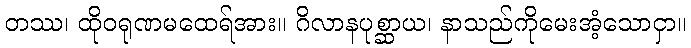
တဿ၊ ထိုဝရုဏမထေရ်အား။ ဂိလာနပုစ္ဆာယ၊ နာသည်ကိုမေးအံ့သောငှာ။